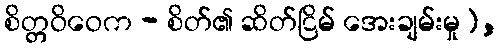
စိတ္တဝိဝေက - စိတ်၏ ဆိတ်ငြိမ် အေးချမ်းမှု),